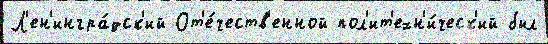
Л'ен'ингра́дск'ий От'е́честв'енной пол'ит'ехн'и́ческ'ий был